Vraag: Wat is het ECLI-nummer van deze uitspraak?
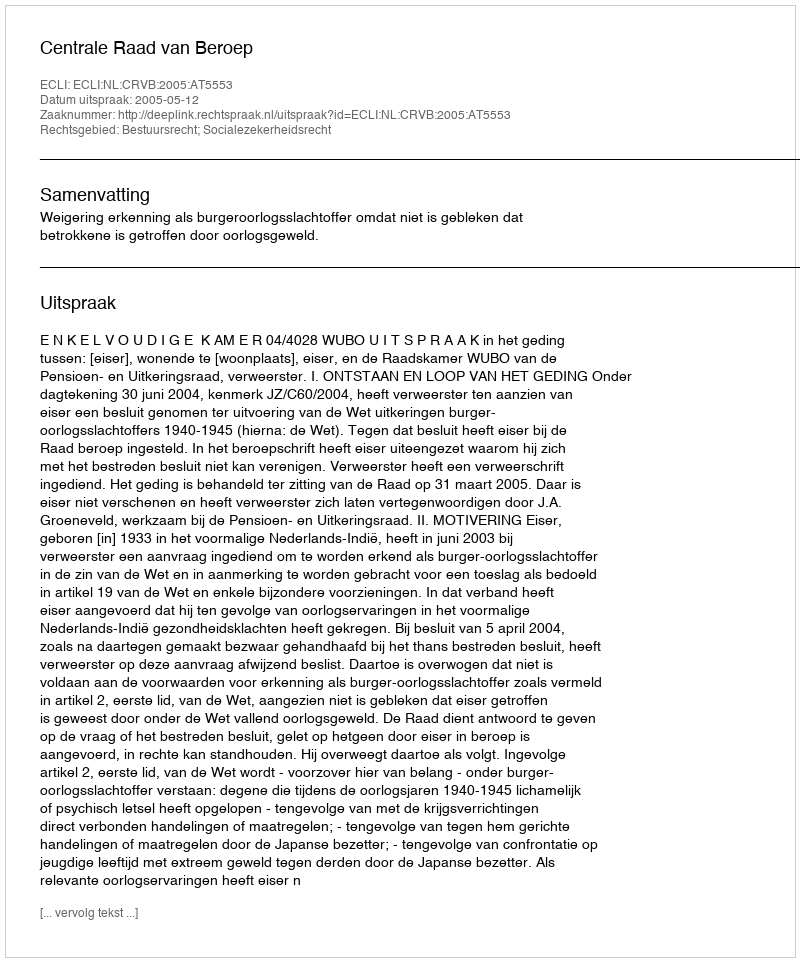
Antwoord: ECLI:NL:CRVB:2005:AT5553